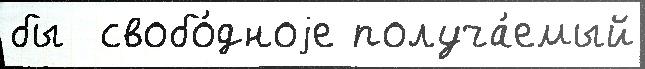
бы  свобо́дноjе получа́емый